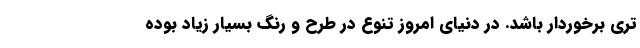
تری برخوردار باشد. در دنیای امروز تنوع در طرح و رنگ بسیار زیاد بوده